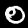
Label: 0